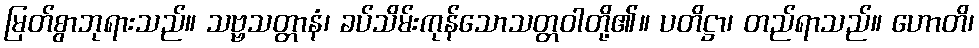
မြတ်စွာဘုရားသည်။ သဗ္ဗသတ္တာနံ၊ ခပ်သိမ်းကုန်သောသတ္တဝါတို့၏။ ပတိဋ္ဌာ၊ တည်ရာသည်။ ဟောတိ၊